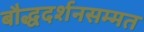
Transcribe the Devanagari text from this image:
बौद्धदर्शनसम्मत